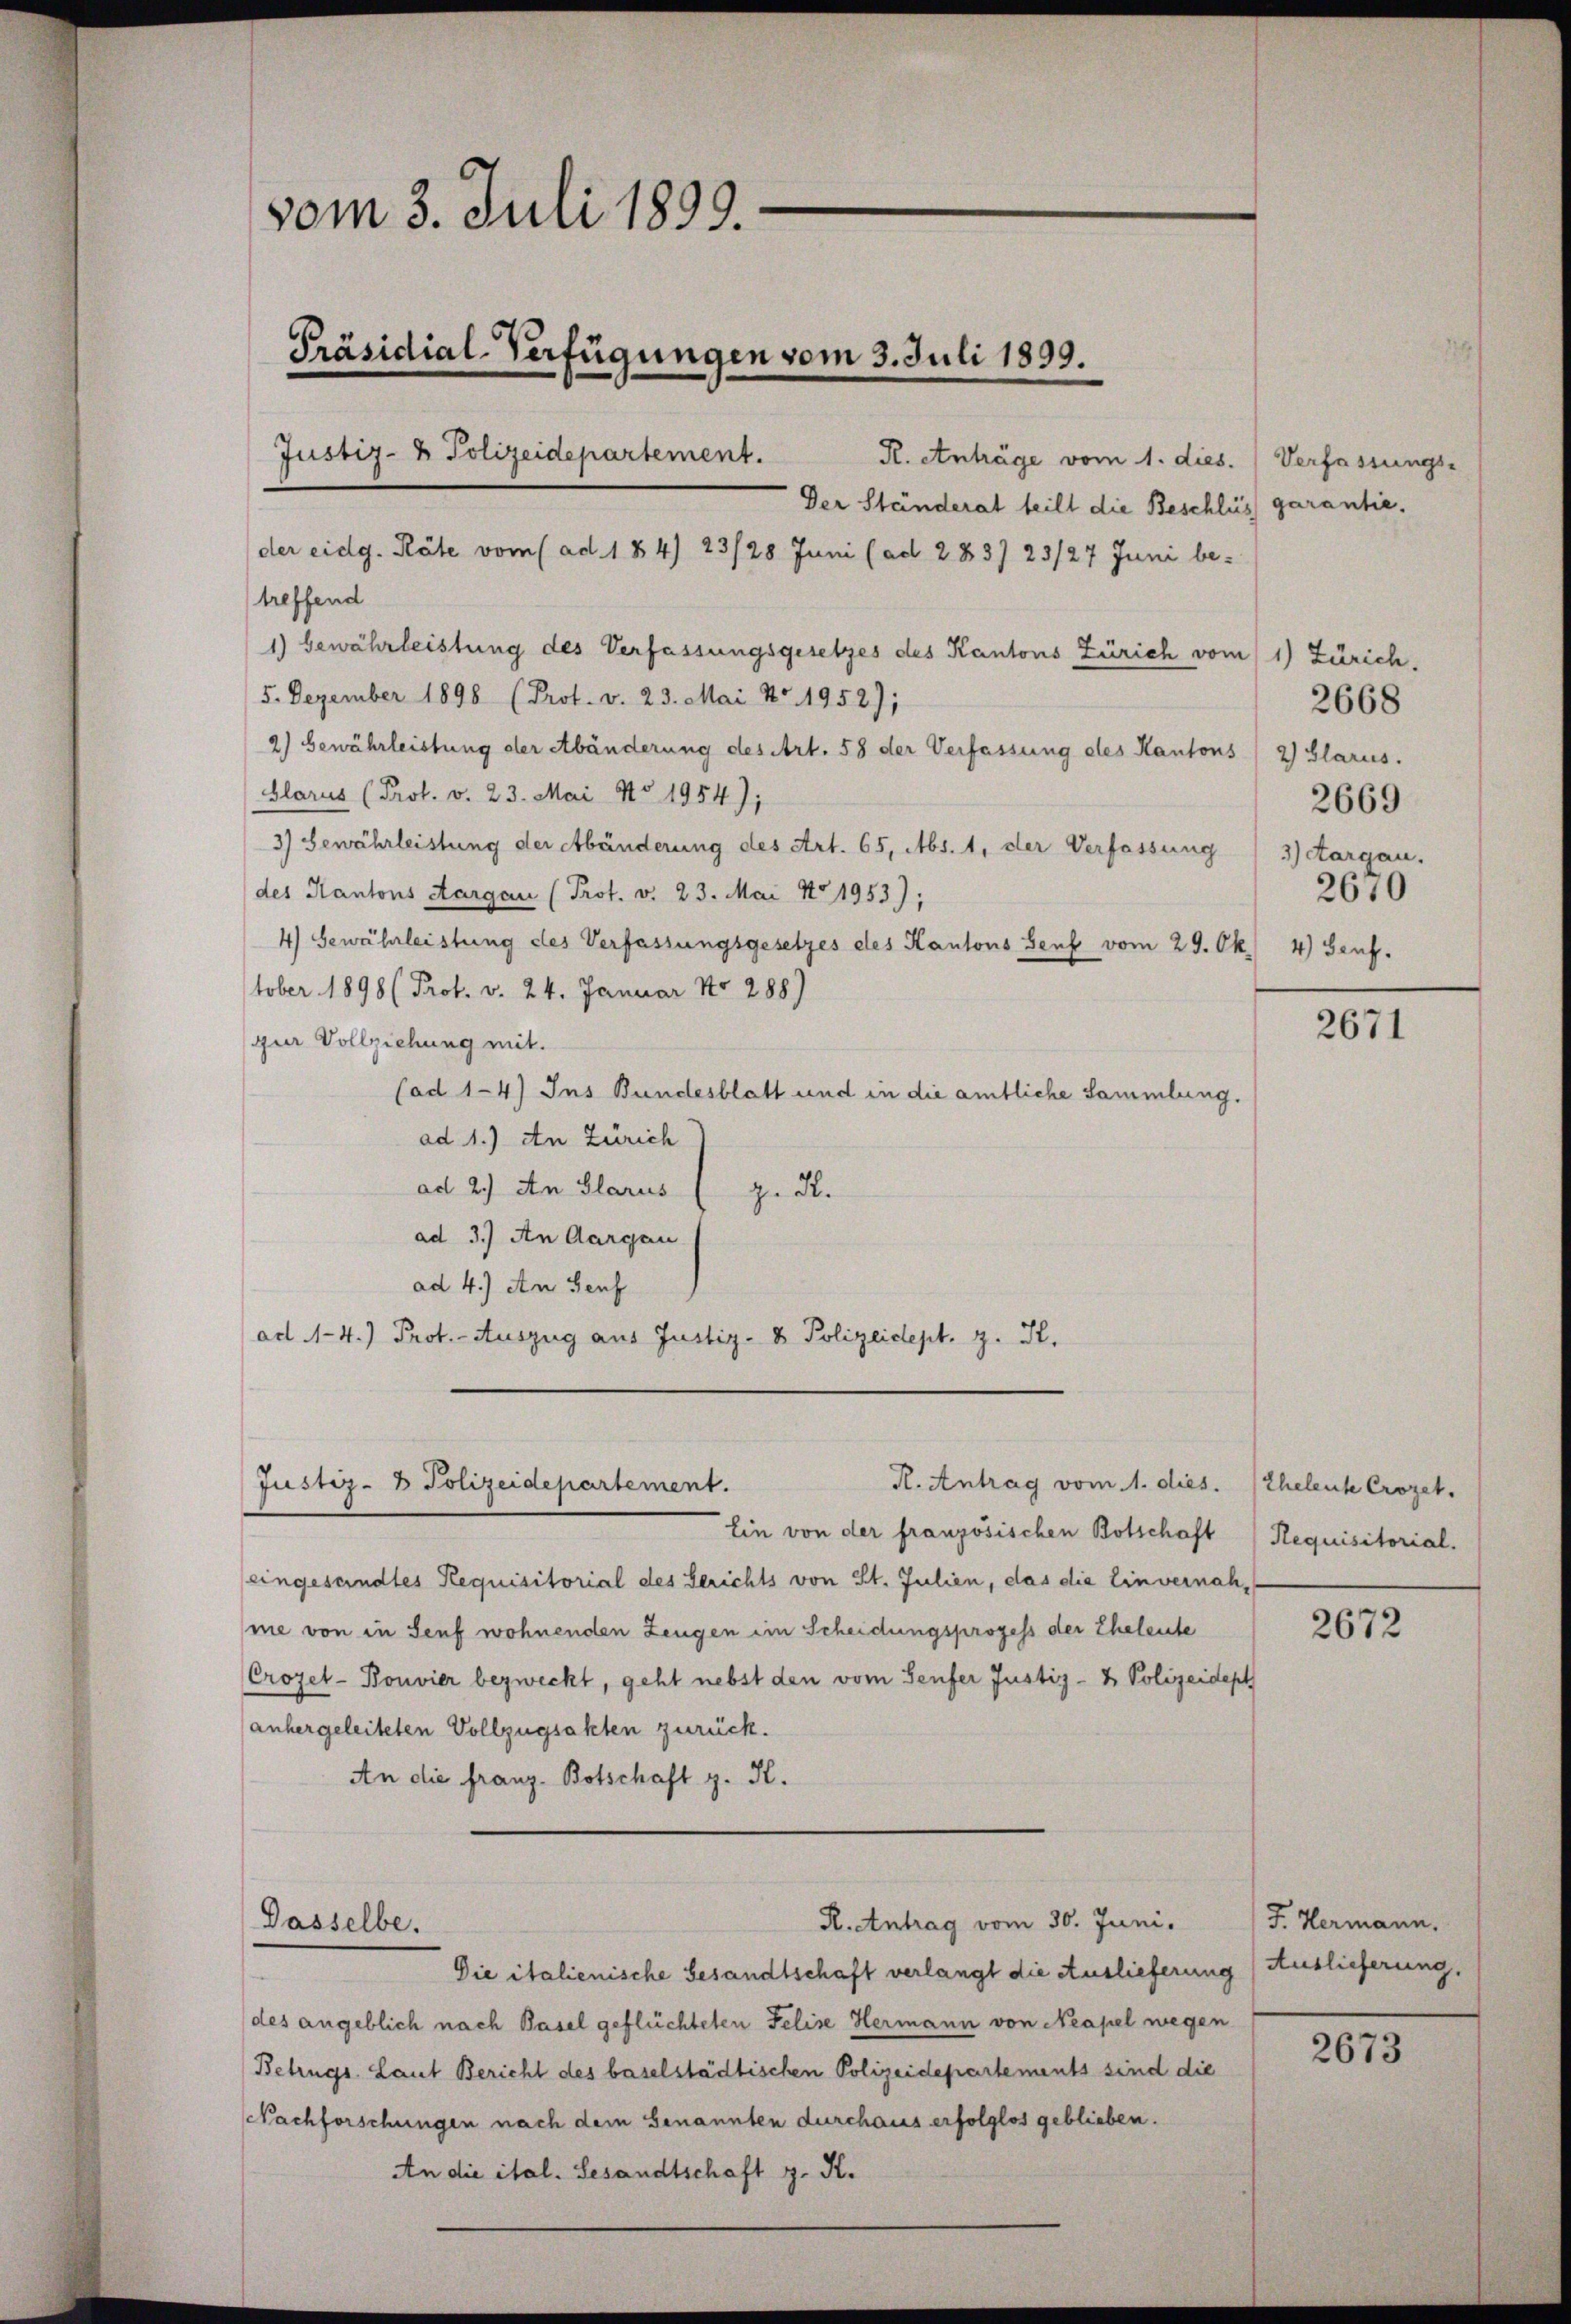
vom 3. Juli 1899.
Präsidial-Verfügungen vom 3. Juli 1899.
Justiz- & Polizeidepartement.
der eidg. Räte vom (ad. 184) 23/28 Juni (ad 283) 23/27 Juni be-

Der Ständerat teilt die Beschluss garantie.
treffend
1) bewährleistung des Verfassungsgesetzes des Kantons Zürich vom 1) Zürich.
5. Dezember 1898 (Prot. v. 23. Mai No. 1952);
2) Gewährleistung der Abänderung des Art. 58 der Verfassung des Kantons / 2) Glarus.
Glarus (Prot. v. 23. Mai No 1954);
3) Gewährleistung der Abänderung des Art. 65, Abs. 1, der Verfassung / 3) Aargau.
des Kantons Aargau (Prot. v. 23. Mai No 1953);
4) Gewährleistung des Verfassungsgesetzes des Kantons Genf vom 29. Ok
tober 1898 (Prof. v. 24. Januar No. 288)
zur Vollziehung mit.
(ad 1-4) Ins Bundesblatt und in die amtliche Sammlung.
ad 1.) An Zürich
ad 2.) An Glarus
zu 2.
ad 3.) An Aargau
ad 4.) An Genf
ad 1-4.) Prof. - Auszug aus Justiz- & Polizeidept. z. K.

R. Antrag vom 1. dies.
Justiz- & Polizeidepartement.

Dasselbe.

R. Antrag vom 30. Juni.

R. Anträge vom 1. dies. Verfassungs-

Ein von der französischen Botschaft (Requisitorial.
eingesandtes Requisitorial des Gerichts von St. Julien, das die Einvernahme von in Senf wohnenden Zeugen im Scheidungsprozess der Eheleute
Crozet-Bonvier bezweckt, geht nebst den vom Genfer Justiz- & Polizeidept
anhergeleiteten Vollzugsakten zurück.
An die franz. Botschaft z. K.

Die italienische Gesandtschaft verlangt die Auslieferung
des angeblich nach Basel geflüchteten Felise Hermann von Neapel wegen
Betrugs. Laut Bericht des baselstädtischen Polizeidepartements sind die
Nachforschungen nach dem Genannten durchaus erfolglos geblieben.
An die ital. Gesandtschaft z. K.

2668
2669
2670
4) Genf.

2671

Eheleuche Crozet.

2672

F. Hermann,
Auslieferung.

2673